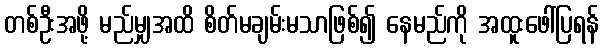
တစ်ဦးအဖို့ မည်မျှအထိ စိတ်မချမ်းမသာဖြစ်၍ နေမည်ကို အထူးဖေါ်ပြရန်